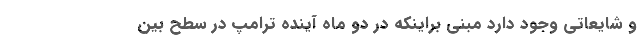
و شایعاتی وجود دارد مبنی براینکه در دو ماه آینده ترامپ در سطح بین